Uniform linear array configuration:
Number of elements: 64
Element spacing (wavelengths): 0.75
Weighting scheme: hann
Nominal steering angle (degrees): -45
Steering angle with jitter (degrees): -45.53
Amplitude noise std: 0.05
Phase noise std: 0.05

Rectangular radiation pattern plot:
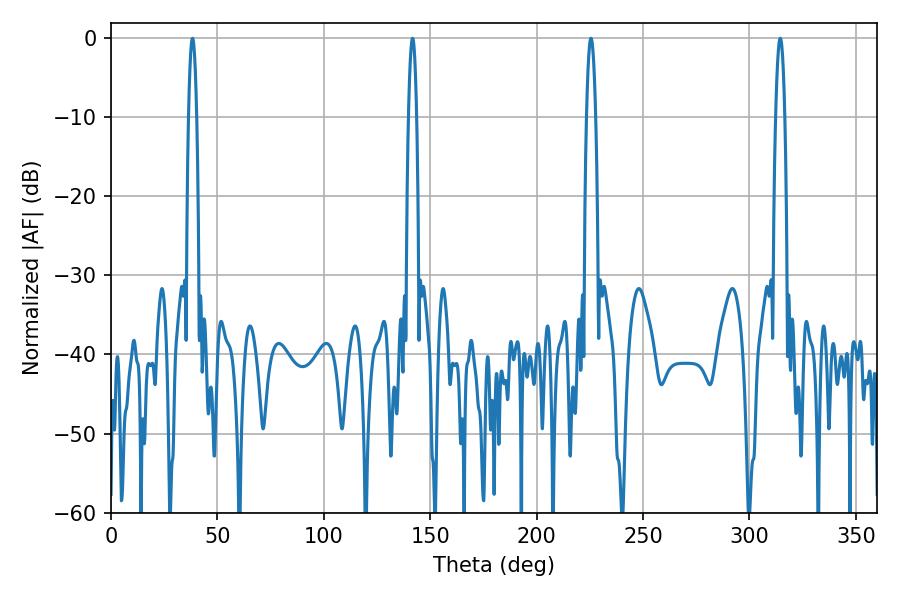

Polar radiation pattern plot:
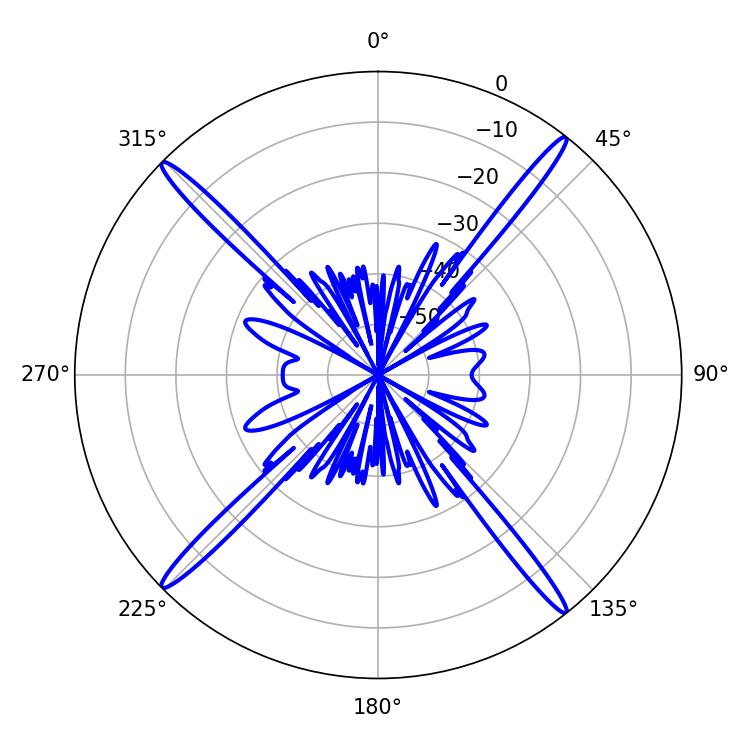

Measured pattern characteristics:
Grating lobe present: TRUE
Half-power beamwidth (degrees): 2.16
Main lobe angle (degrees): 314.46